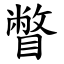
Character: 瞥